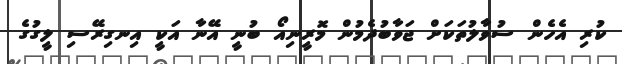
ކުރި އެހެން ސުވާލުތަކަށް ޖަވާބުދެމުން މޮރީނިއޯ ބުނީ އޭނާ އަކީ އިނގިރޭސި ލީގުގެ